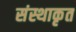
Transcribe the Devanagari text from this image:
संस्थाकृत